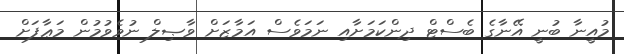
މުއީނާ ބުނީ އޭނާގެ ބެސްޓް ދިންކަމަށާއި ނަމަވެސް އަމާޒަށް ވާޞިލް ނުވެވުމުން މަޢާފަށް